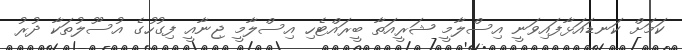
ކަމަށް ކަނޑައަޅާފައިވަނީ އިސްލާމީ ޝަރީއަތާ ބީރައްޓެހި އިސްލާމީ ޖިނާއީ ފިގުހުގެ އުސޫލުތަކާ ދުރު